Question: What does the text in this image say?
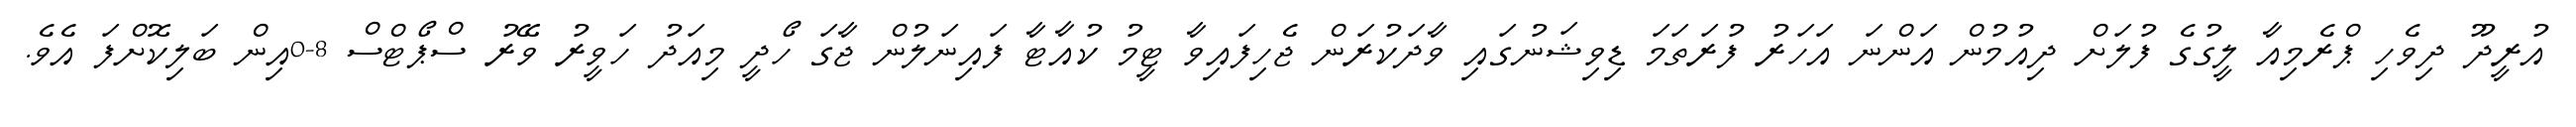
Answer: އުރީދޫ ދިވެހި ޕްރެމިއާ ލީގުގެ ފުލަށް ދިއުމުން އަންނަ އަހަރު ފުރަތަމަ ޑިވިޝަނުގައި ވާދަކުރަން ޖެހިފައިވާ ޓީމު ކުއާޓާ ފައިނަލުން ޖާގަ ހޯދީ މިއަދު ހަވީރު ވޭރު ސްޕޯޓްސް 8-0އިން ބަލިކޮށްފަ އެވެ.